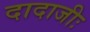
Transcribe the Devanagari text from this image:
दादाजीः